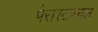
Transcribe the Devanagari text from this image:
पैरास्टरनल